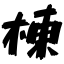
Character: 棟